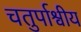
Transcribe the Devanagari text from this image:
चतुर्पाश्वीय